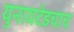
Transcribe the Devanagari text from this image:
युनायटेडचाच